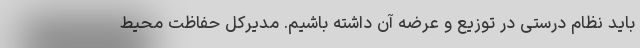
باید نظام درستی در توزیع و عرضه آن داشته باشیم. مدیرکل حفاظت محیط